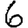
Digit: 6